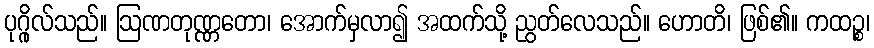
ပုဂ္ဂိုလ်သည်။ ဩဏတုဏ္ဏတော၊ အောက်မှလာ၍ အထက်သို့ ညွတ်လေသည်။ ဟောတိ၊ ဖြစ်၏။ ကထဉ္စ၊